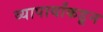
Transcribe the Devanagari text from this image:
व्यापार्यांकडून